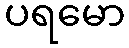
ပရမော